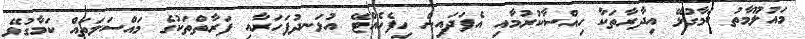
މައުލޫމާތު ކަމާގުޅޭ އިދާރާތަކާ ހިއްސާކުރުމާއި އެފަދައިން ހިފެހެއްޓޭ އުޅަނދުފަހަރާއި ފަރާތްތަކުގެ މައްސަލަތައް ކަމާގުޅޭ